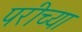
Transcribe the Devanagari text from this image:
परीच्या